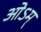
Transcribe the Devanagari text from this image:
ओऽम्‌